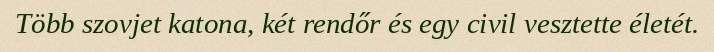
Több szovjet katona, két rendőr és egy civil vesztette életét.